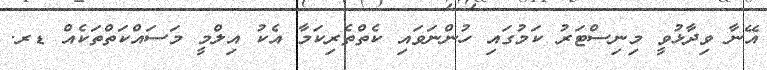
އޭނާ ވިދާޅުވީ މިނިސްޓަރު ކަމުގައި ހުންނަވައި ކެތްތެރިކަމާ އެކު އިލްމީ މަސައްކަތްތަކެއް ޑރ.